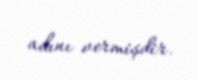
adını vermişdir.